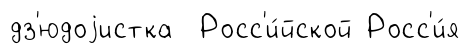
дз'юдоjистка Росс'и́йской Росс'и́я